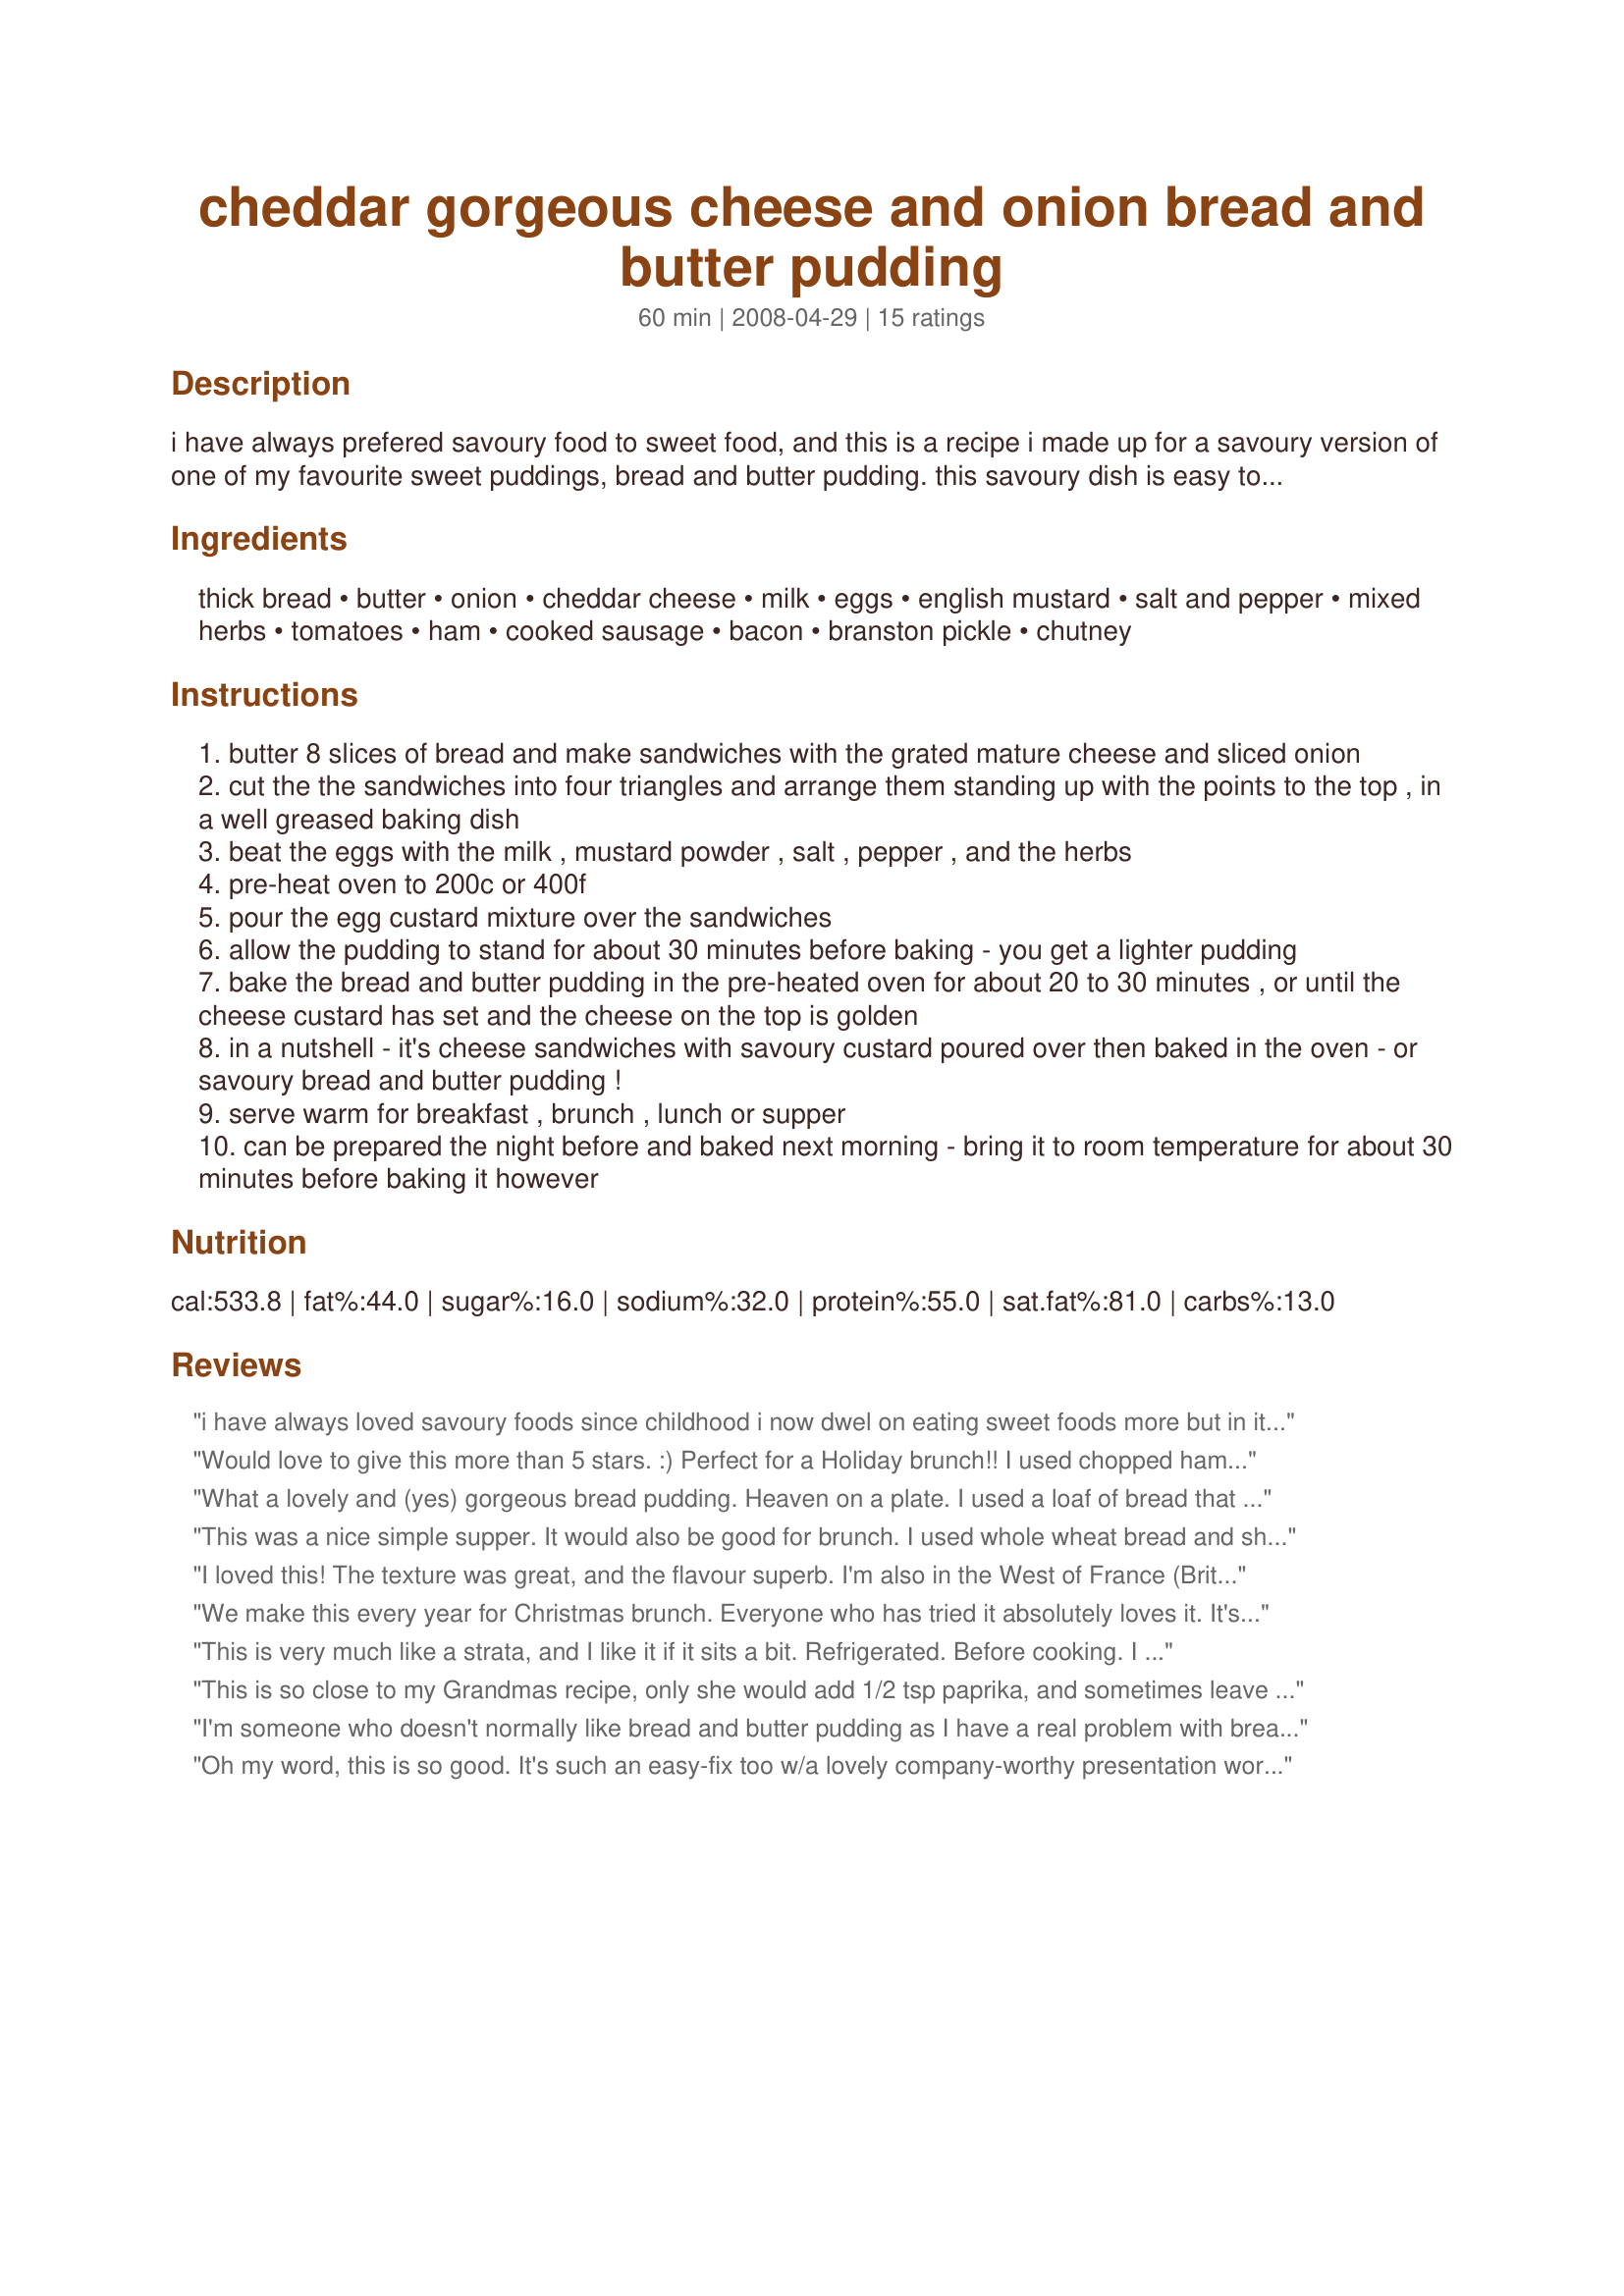
cheddar gorgeous cheese and onion bread and butter pudding
Preparation time: 60 minutes

i have always prefered savoury food to sweet food, and this is a recipe i made up for a savoury version of one of my favourite sweet puddings, bread and butter pudding. this savoury dish is easy to rustle up and makes a tasty supper, breakfast, brunch or lunch dish. do try to use mature farmhouse cheddar cheese, a little goes a long way as the flavour is so pronounced. this can be made the night before you need it, for breakfast or brunch, and then baked next morning - a great make ahead meal! nb: do not use standard american style sandwich bread, it is too thin and will not crisp up!

Ingredients:
thick bread, butter, onion, cheddar cheese, milk, eggs, english mustard, salt and pepper, mixed herbs, tomatoes, ham, cooked sausage, bacon, branston pickle, chutney

Steps:
butter 8 slices of bread and make sandwiches with the grated mature cheese and sliced onion
cut the the sandwiches into four triangles and arrange them standing up with the points to the top , in a well greased baking dish
beat the eggs with the milk , mustard powder , salt , pepper , and the herbs
pre-heat oven to 200c or 400f
pour the egg custard mixture over the sandwiches
allow the pudding to stand for about 30 minutes before baking - you get a lighter pudding
bake the bread and butter pudding in the pre-heated oven for about 20 to 30 minutes , or until the cheese custard has set and the cheese on the top is golden
in a nutshell - it's cheese sandwiches with savoury custard poured over then baked in the oven - or savoury bread and butter pudding !
serve warm for breakfast , brunch , lunch or supper
can be prepared the night before and baked next morning - bring it to room temperature for about 30 minutes before baking it however

Reviews:
i have always loved savoury foods since childhood i now dwel on eating sweet foods more but in its natural state because i discovered taking much drinks is harpharzard to my health.so replacing natural sweat meals with fruits and vegy is more important to me than sugar sugar sugar but just water and crude drinks
Would love to give this more than 5 stars. :) Perfect for a Holiday brunch!! I used chopped ham and sliced tomatoes along with the onion.
YUM YUM! Made for the GB Tour of the Isles.
What a lovely and (yes) gorgeous bread pudding. Heaven on a plate. I used a loaf of bread that had cheddar baked in, added some crisped and crumbled bacon, sauted my onion in a bit of the bacon drippings and added some scallions on top to give it a bit of color. For my cheeses I used an extra sharp cheddar and a Dublin white cheddar. For my herbs I used thyme, parsley and used a pinch of your Sel Fou recipe for the salt. I wouldn't change a thing! The most satisfying breakfast I've had in a long time! Another brilliant recipe!
This was a nice simple supper. It would also be good for brunch. I used whole wheat bread and sharp cheddar along with homemade mango chutney. The addition of chutney made it a bit sweeter than expected, but it was nicely complemented by a green salad with a sharp vinaigrette. I would probably make it again, but I would use a sturdier bread. Ordinary sandwich slices did not stand up well to the custard and it was a bit soggy. After removing it from the pan, I fried portions on a griddle until browned on the bottom. This firmed it up nicely.
I loved this! The texture was great, and the flavour superb. I'm also in the West of France (Brittany) and couldn't find cheddar anywhere, so I made due with a mishmash of various cheeses from who knows where, and added tomatoes. I used whole wheat bread and Herbs de Providence, which was quite tasty. This easiness of it all really made it excellent, and earned the fifth star - thanks so much fro posting this!
We make this every year for Christmas brunch. Everyone who has tried it absolutely loves it. It's a 3 or 4 star recipe as is, but we double the cheese and it is perfection.
This is very much like a strata, and I like it if it sits a bit. Refrigerated. Before cooking. I don't know farmhouse cheddar, I used Tillamook sharp. I also don't know English mustard, so I used my favorite. Thank you. I'll be trying more of your recipes.
This is so close to my Grandmas recipe, only she would add 1/2 tsp paprika, and sometimes leave the onions out. She would serve with a slice of bacon and a tomato wedge. It is my favorite comfort food.
I'm someone who doesn't normally like bread and butter pudding as I have a real problem with bread and sweet flavours together, so this is right up my street! Such a great little dish to have in your repertoire! Tastes great and is easy to make!
Oh my word, this is so good. It's such an easy-fix too w/a lovely company-worthy presentation worthy of a spec occasion. I used whole wheat bread + a simple mix of herbs (mostly chives & parsley) & loved the flavor & bit of texture the onion added. DH & I enjoyed this for brunch (Mother's Day) & I think it would be so easy to expand this to a 1-dish meal by adding chopped broccoli to the cheese-custard mix. That sounds very good to me, esp combined w/the ham I used. Pair that w/a salad or soup & you got yourself a great meal. Thx for another fun, inspiring & tasty effort in my kitchen, FT. :-)
Loved this even though I didn&#039;t use as much cheese. Added turkey slices and will make this all the time. The flavor was great, I used a fresh tomato herb bread which was so good. Served with Recipe #6449 to make an extra special weekend breakfast.
This sounds delicious. I won't be near a kitchen for the next three months, but will certainly put it on my 'make as soon as I get home' list. I think the interesting part is that one can use all sorts of different fillings.
Wow, this was great! I made it with garlic powder, cumin, and poultry seasoning for the herbs. I used sharp cheddar and a sweet onion. It went great with Acorn Squash and Apple soup (Recipe #69271). Thanks so much for this tasty dish.
I was looking for something different instead of potatoes and this fit the bill. What a great dish. I added more onions and cheese so that I could put some of the mixture on top of the bread. It is so light and it melts in your mouth. I'll definitely make it again using some of the options. Thanks for sharing.
*Made for Australia/NZ Swap #42*<br/>An enthusiastic 5* for French Tart's "Cheddar Gorgeous! Cheese and Onion Bread and Butter Pudding" 301346 ! Prepared 1/2 recipe for DH and me for lunch, with garden tomato slices. Canadian bacon, and onion slices ! We only ate 1/2 of THAT with a beer, saving the rest for pre-dinner "snack" --HA! No photo, it looked a tad messy, I had tried to stick the 1/4s together with toothpicks, but the pudding made the sections indistinguishable --- BUT NOT less yummy.gif ! DH noted that it would likely work very well as a strata, by layering all the ingredients -- which is just how I plan to try it next time ! Truly another First Rate recipe from our Hostess with the Mostess ! Thanks for sharing, Karen ! Now off for a nap !!
